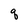
Character: q